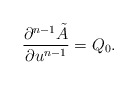
\begin{align*} \frac{\partial^{n-1}\tilde{A}}{\partial u^{n-1}}=Q_0.\end{align*}